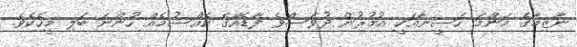
ނާޒިމާގެ މަންމަ ހަސީނާއަކީ އުމުރުން ދުވަސްވެ ފާޑެއްގެ ކެއްސުމެއް ހުންނަ ބަލި މީހެކެވެ.